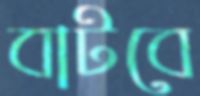
বাটবে